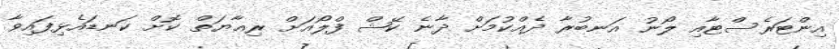
އިންޓަރެސްޓާއި ލޯނު އަނބުރާ ދެއްކުމަށް ދާނެ ކޭޝް ފްލޯއަށް ރިޢާޔަތް ކޮށް ކަނޑައެޅިފައިވާ